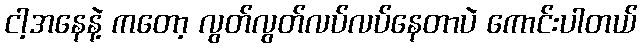
ငါ့အနေနဲ့ ကတော့ လွတ်လွတ်လပ်လပ်နေတာပဲ ကောင်းပါတယ်